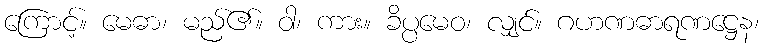
ကြောင့်။ မေဓာ၊ မည်၏။ ဝါ၊ ကား။ ခိပ္ပမေဝ၊ လျှင်။ ဂဟဏဓာရဏဋ္ဌေန၊